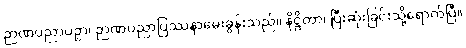
ဉာဏပညာပဉှာ၊ ဉာဏပညာပြဿနာမေးခွန်းသည်။ နိဋ္ဌိတာ၊ ပြီးဆုံးခြင်းသို့ရောက်ပြီ။